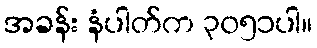
အခန်း နံပါတ်က ၃၀၅၁ပါ။